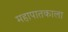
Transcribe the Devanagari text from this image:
महापातकाला